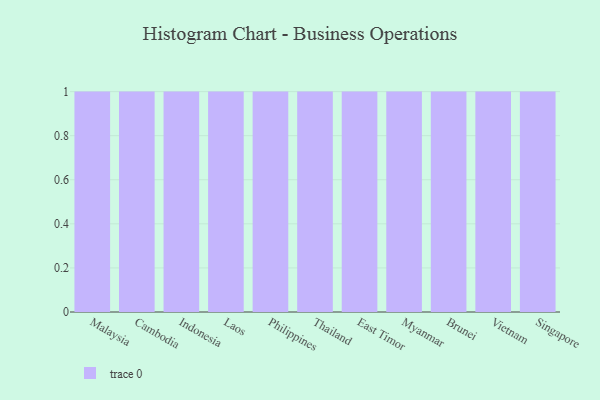
{"axis": {"x": "Country", "y": "Shipments"}, "legend": [""], "data": [{"x": "Malaysia", "y": 3, "type": ""}, {"x": "Cambodia", "y": 72, "type": ""}, {"x": "Indonesia", "y": 78, "type": ""}, {"x": "Laos", "y": 85, "type": ""}, {"x": "Philippines", "y": 57, "type": ""}, {"x": "Thailand", "y": 12, "type": ""}, {"x": "East Timor", "y": 38, "type": ""}, {"x": "Myanmar", "y": 14, "type": ""}, {"x": "Brunei", "y": 5, "type": ""}, {"x": "Vietnam", "y": 84, "type": ""}, {"x": "Singapore", "y": 86, "type": ""}]}